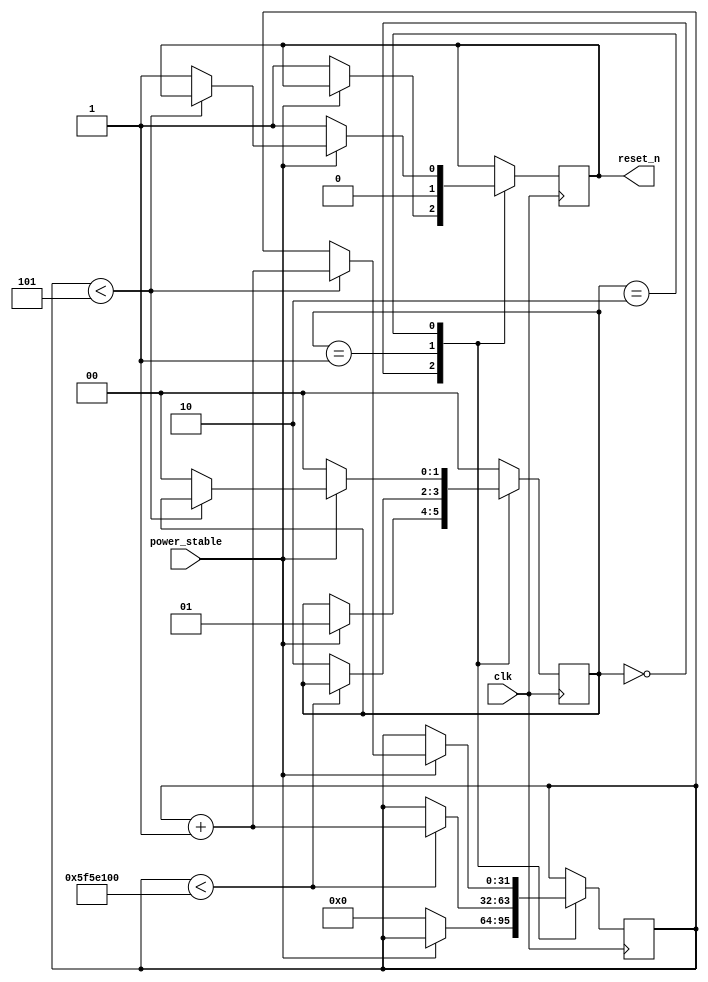
module power_on_reset (
    input wire clk,          // System clock
    input wire power_stable, // Signal indicating stable power
    output reg reset_n       // Active low reset signal
);

parameter RESET_DURATION = 100_000_000; // Duration for which reset is active (in clock cycles)
parameter DEBOUNCE_TIME = 5;             // Debounce time in clock cycles

reg [31:0] counter;                       // Counter for reset duration
reg [1:0] state;                          // State variable for managing reset state
localparam IDLE = 2'b00, RESET = 2'b01, DEBOUNCE = 2'b10;

// Initialize reset_n to high (inactive)
initial begin
    reset_n = 1'b1;
    counter = 32'd0;
    state = IDLE;
end

always @(posedge clk) begin
    case (state)
        IDLE: begin
            if (!power_stable) begin
                // Power is not stable; remain in IDLE (reset inactive)
                reset_n <= 1'b1;
                counter <= 32'd0;
            end else begin
                // Start the reset process
                state <= RESET;
            end
        end

        RESET: begin
            reset_n <= 1'b0;        // Activate reset
            if (counter < RESET_DURATION) begin
                counter <= counter + 1; // Increment counter
            end else begin
                // Done with reset duration; start debouncing phase
                state <= DEBOUNCE;
            end
        end

        DEBOUNCE: begin
            if (!power_stable) begin
                // If power is not stable, go back to IDLE
                state <= IDLE;
                reset_n <= 1'b1;      // Ensure reset is inactive
            end else if (counter < DEBOUNCE_TIME) begin
                // Still waiting for debounce time
                counter <= counter + 1;
            end else begin
                // Debounce period finished; system is operational
                state <= IDLE;
                reset_n <= 1'b1;       // Release reset
            end
        end

        default: state <= IDLE; // Safety - default to idle
    endcase
end

endmodule